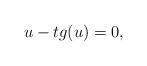
LaTeX: \begin{align*} u - tg (u) = 0, \end{align*}